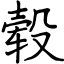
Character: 毂